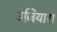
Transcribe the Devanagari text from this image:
उजियारा